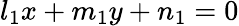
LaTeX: l_{1}x+m_{1}y+n_{1}=0